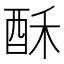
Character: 酥